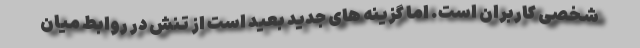
شخصی کاربران است. اما گزینه های جدید بعید است از تنش در روابط میان